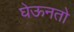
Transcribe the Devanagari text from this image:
घेऊनतो